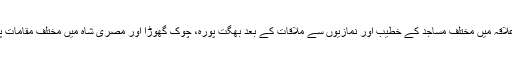
تفصیلات کے مطابق شاہد خاقان عباسی نے اپنی مہم کے آغاز میں چاہ میراں کے علاقہ میں مختلف مساجد کے خطیب اور نمازیوں سے ملاقات کے بعد بھگت پورہ، چوک گھوڑا اور مصری شاہ میں مختلف مقامات پر کارنر میٹنگز اور انتخابی جلسوں سے خطاب کیا اور حکومت کو آڑے ہاتھوں لیا۔